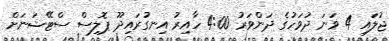
ޖުލައި 4 ވަނަ ދުވަހުގެ ދަންވަރު 4:00 ހާއިރު އިނގުރައިދޫ ޕޮލިސް ސްޓޭޝަނަށް